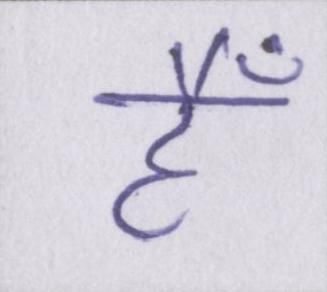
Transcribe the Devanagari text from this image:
हैँ